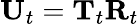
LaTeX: \mathbf{U}_{t}=\mathbf{T}_{t}\mathbf{R}_{t}